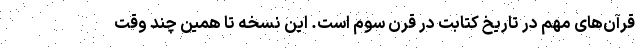
قرآن‌های مهم در تاریخ کتابت در قرن سوم است. این نسخه تا همین چند وقت